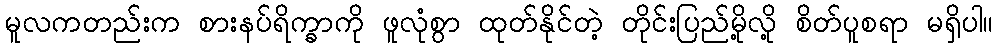
မူလကတည်းက စားနပ်ရိက္ခာကို ဖူလုံစွာ ထုတ်နိုင်တဲ့ တိုင်းပြည်မို့လို့ စိတ်ပူစရာ မရှိပါ။